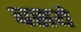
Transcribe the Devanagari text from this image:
बसये